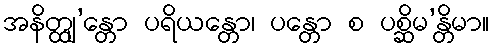
အနိတ္ထျ’န္တော ပရိယန္တော၊ ပန္တော စ ပစ္ဆိမ’န္တိမာ။